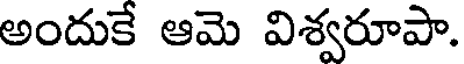
అందుకే ఆమె విశ్వరూపా.